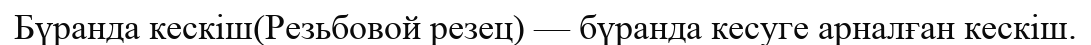
Бүранда кескіш(Резьбовой резец) — бүранда кесуге арналған кескіш.